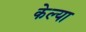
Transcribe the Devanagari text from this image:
केल्‍या